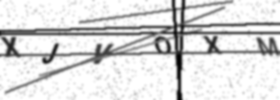
Text: XJVOXM